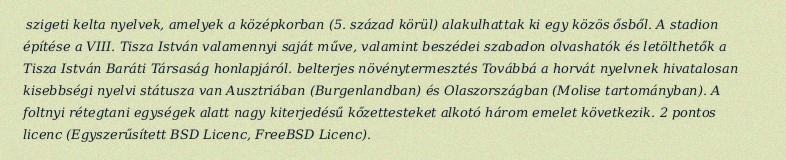
szigeti kelta nyelvek, amelyek a középkorban (5. század körül) alakulhattak ki egy közös ősből. A stadion építése a VIII. Tisza István valamennyi saját műve, valamint beszédei szabadon olvashatók és letölthetők a Tisza István Baráti Társaság honlapjáról. belterjes növénytermesztés Továbbá a horvát nyelvnek hivatalosan kisebbségi nyelvi státusza van Ausztriában (Burgenlandban) és Olaszországban (Molise tartományban). A foltnyi rétegtani egységek alatt nagy kiterjedésű kőzettesteket alkotó három emelet következik. 2 pontos licenc (Egyszerűsített BSD Licenc, FreeBSD Licenc).